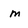
Character: m